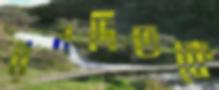
রনদিভকে